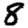
Digit: 8